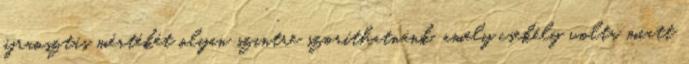
újraosztás mértékét olyan szintre szoríthatnánk, amely csekély volta miatt